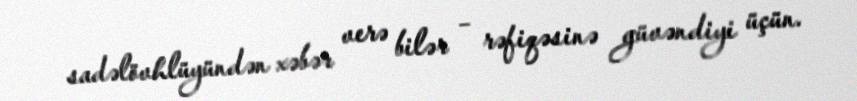
sadəlövhlüyündən xəbər verə bilər – rəfiqəsinə güvəndiyi üçün.